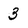
Character: 3